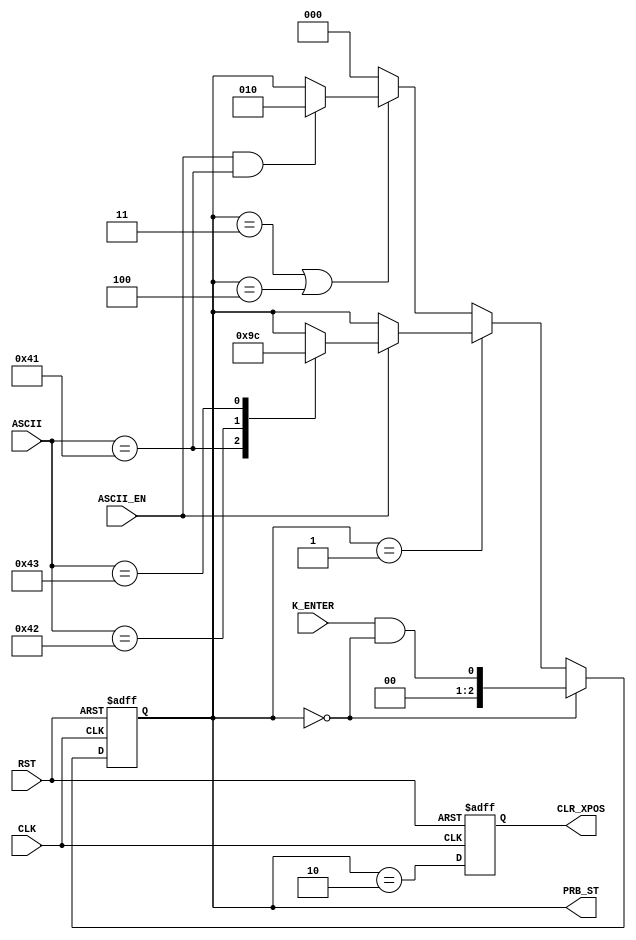
//
//probe_st.v
//
module probe_st(
				input wire CLK,
				input wire RST,
				
				input wire [7:0] ASCII,
				input wire ASCII_EN,
				input wire K_ENTER,
				
				
				output reg [2:0] PRB_ST,
				output reg CLR_XPOS
				);

always @ (posedge CLK or posedge RST)
  if (RST)
    CLR_XPOS <= #1 0;
  else
    CLR_XPOS <= #1 PRB_ST==2;  

always @ (posedge CLK or posedge RST)
  if (RST)
    PRB_ST <= #1 0;
  else if (PRB_ST==0)
    PRB_ST <= #1 {2'd0,(K_ENTER)&&(PRB_ST==3'd0)};
  else if (PRB_ST==1) begin
    if (ASCII_EN)
	   case (ASCII)
		  7'd65: PRB_ST <= #1 2;
		  7'd66: PRB_ST <= #1 3;
		  7'd67: PRB_ST <= #1 4;
		  default: PRB_ST <= #1 PRB_ST;
		  endcase
	 else
	  PRB_ST <= #1 PRB_ST;
	 end
	 /*
  else if (PRB_ST==2)
     PRB_ST <= #1 0;
	  */
  else if (PRB_ST==3||PRB_ST==4)
     PRB_ST <= (ASCII_EN&&ASCII==7'd65)?2:PRB_ST; 
  else
     PRB_ST <= #1 0;  

				
endmodule